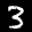
Label: 3